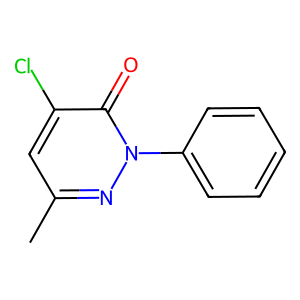
SMILES: Cc1cc(Cl)c(=O)n(-c2ccccc2)n1
Inhibits HIV replication: No